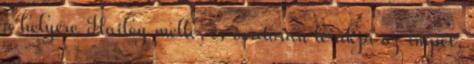
a helyére Hailey mellé, és óvatosan lerakja az impet,